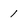
Character: 1